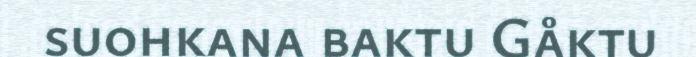
suohkana baktu Gåktu